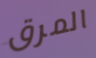
المرق